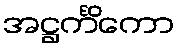
အဋ္ဌင်္ကိကော